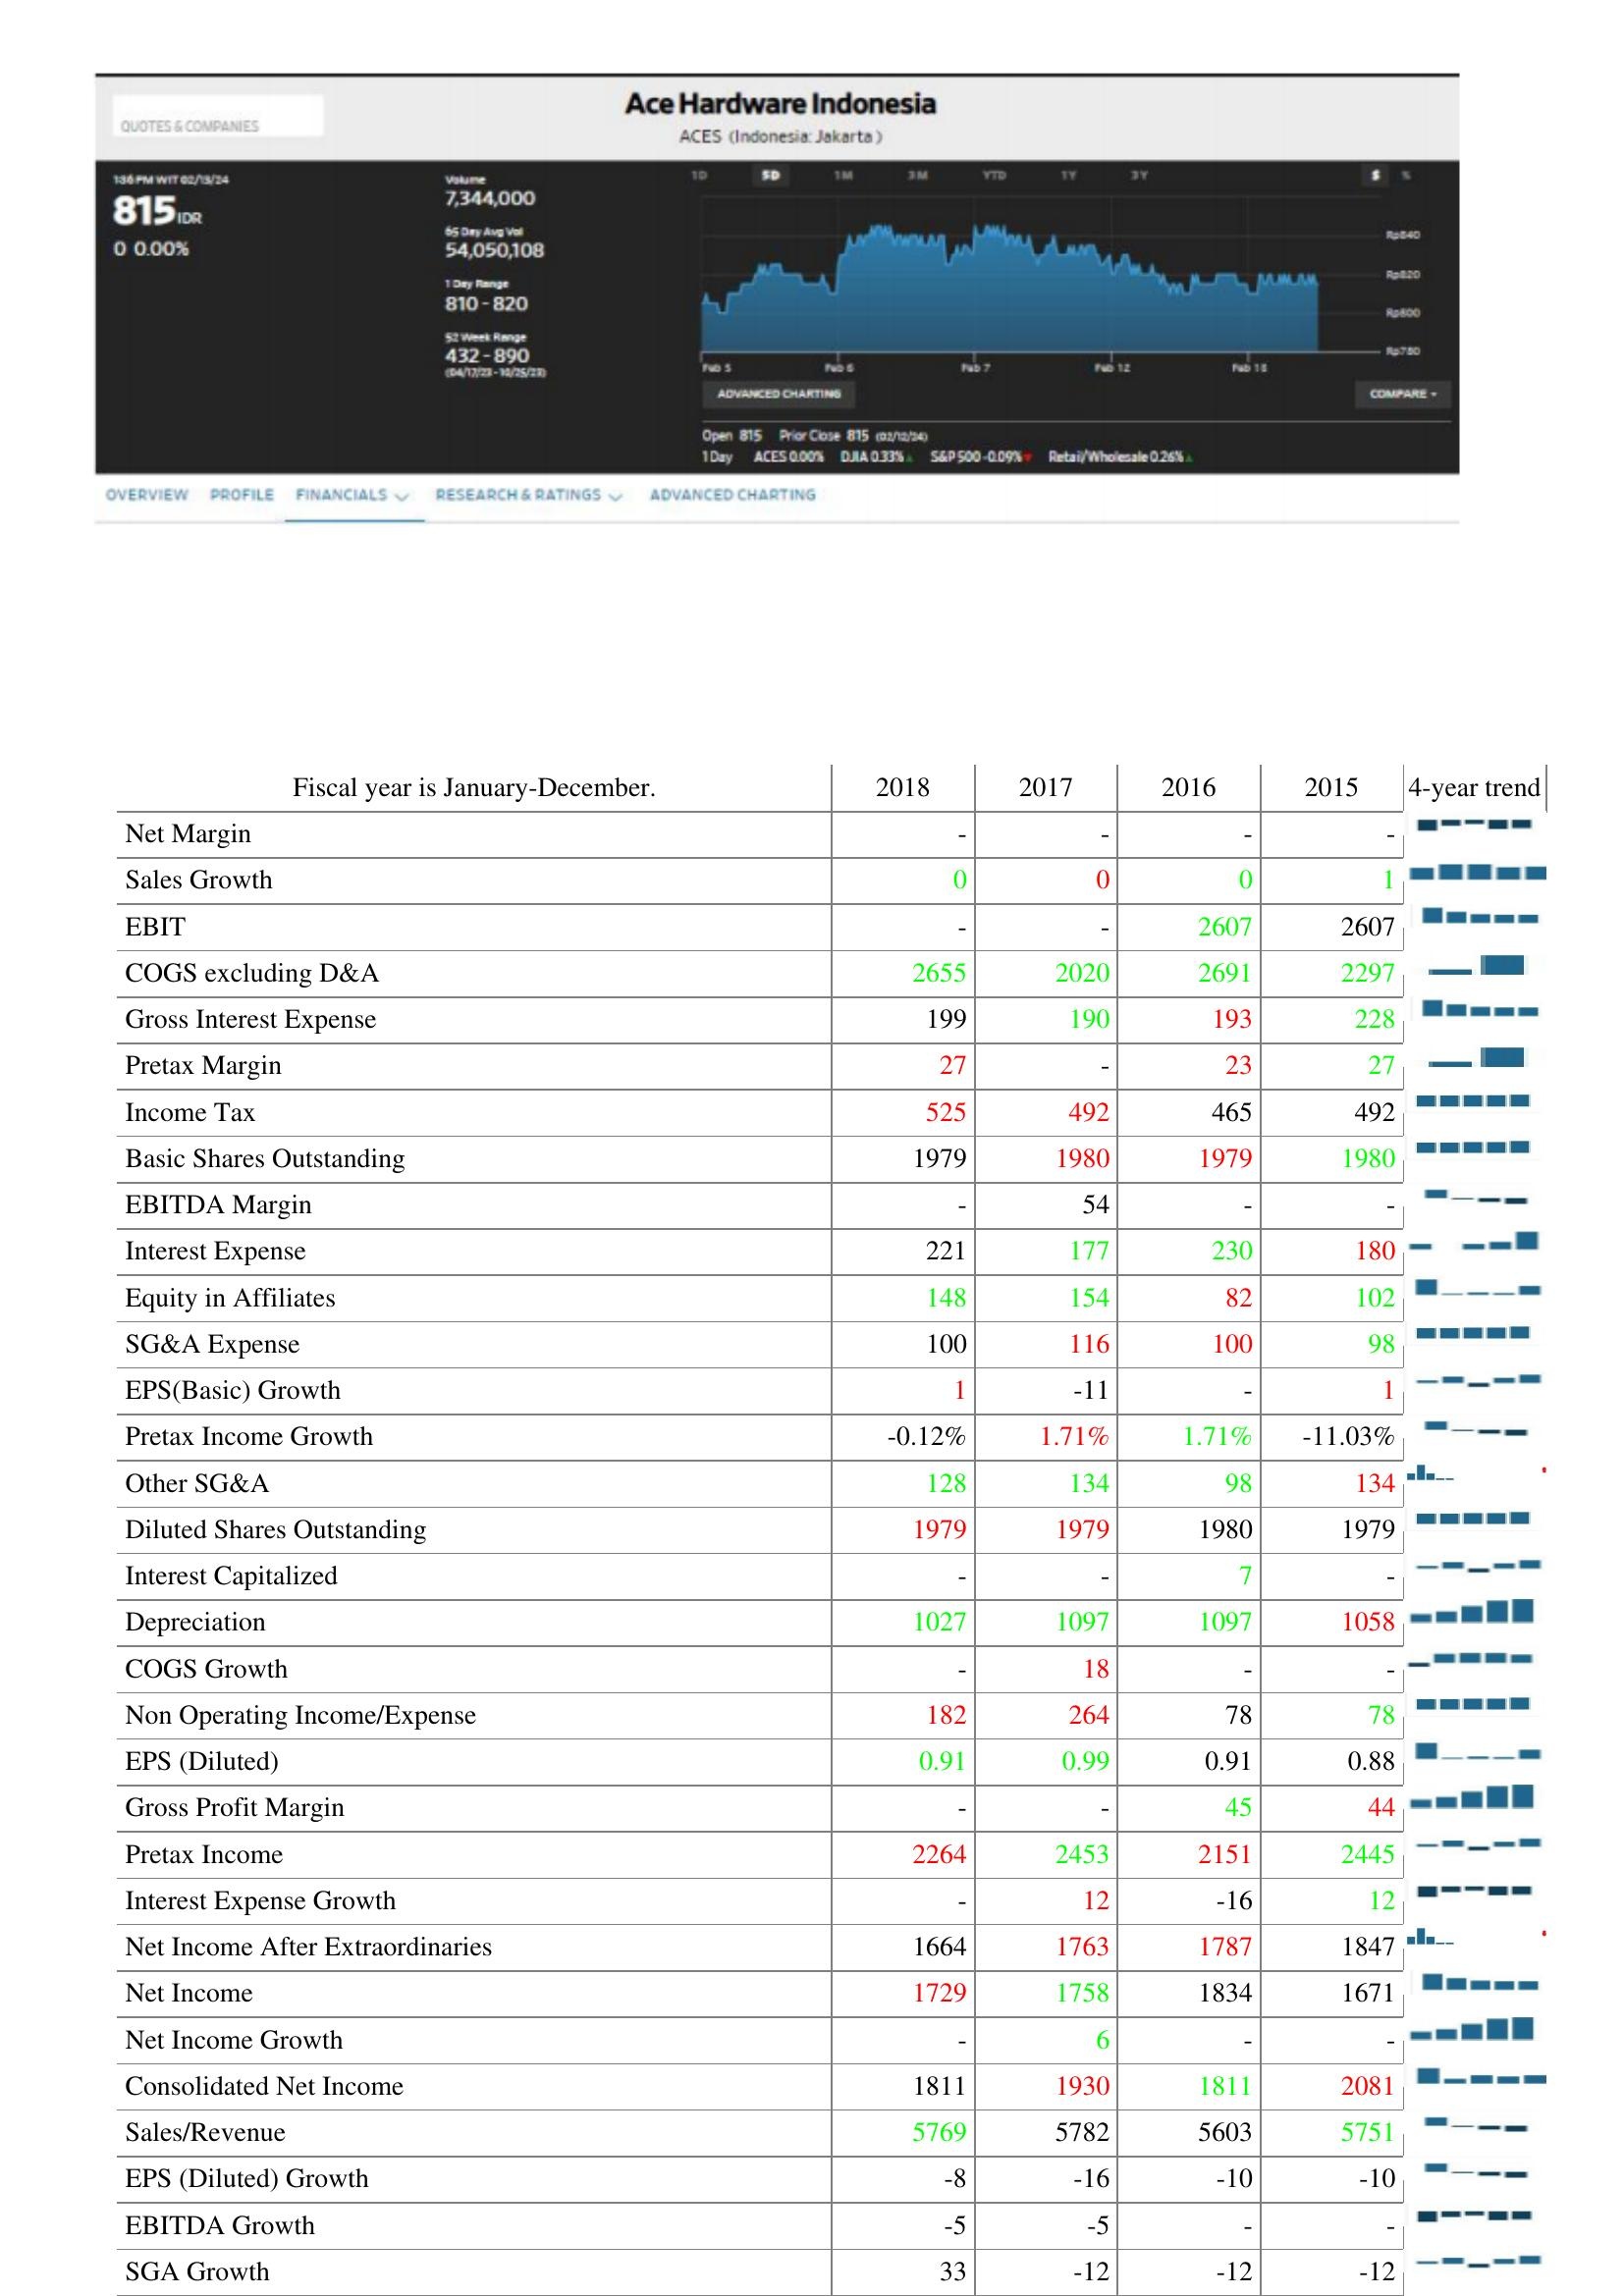
2018: : Net Margin: -
Sales Growth: 0
EBIT: -
COGS excluding D&A: 2655
Gross Interest Expense: 199
Pretax Margin: 27
Income Tax: 525
Basic Shares Outstanding: 1979
EBITDA Margin: -
Interest Expense: 221
Equity in Affiliates: 148
SG&A Expense: 100
EPS(Basic) Growth: 1
Pretax Income Growth: -0.12%
Other SG&A: 128
Diluted Shares Outstanding: 1979
Interest Capitalized: -
Depreciation: 1027
COGS Growth: -
Non Operating Income/Expense: 182
EPS (Diluted): 0.91
Gross Profit Margin: -
Pretax Income: 2264
Interest Expense Growth: -
Net Income After Extraordinaries: 1664
Net Income: 1729
Net Income Growth: -
Consolidated Net Income: 1811
Sales/Revenue: 5769
EPS (Diluted) Growth: -8
EBITDA Growth: -5
SGA Growth: 33
2017: : Net Margin: -
Sales Growth: 0
EBIT: -
COGS excluding D&A: 2020
Gross Interest Expense: 190
Pretax Margin: -
Income Tax: 492
Basic Shares Outstanding: 1980
EBITDA Margin: 54
Interest Expense: 177
Equity in Affiliates: 154
SG&A Expense: 116
EPS(Basic) Growth: -11
Pretax Income Growth: 1.71%
Other SG&A: 134
Diluted Shares Outstanding: 1979
Interest Capitalized: -
Depreciation: 1097
COGS Growth: 18
Non Operating Income/Expense: 264
EPS (Diluted): 0.99
Gross Profit Margin: -
Pretax Income: 2453
Interest Expense Growth: 12
Net Income After Extraordinaries: 1763
Net Income: 1758
Net Income Growth: 6
Consolidated Net Income: 1930
Sales/Revenue: 5782
EPS (Diluted) Growth: -16
EBITDA Growth: -5
SGA Growth: -12
2016: : Net Margin: -
Sales Growth: 0
EBIT: 2607
COGS excluding D&A: 2691
Gross Interest Expense: 193
Pretax Margin: 23
Income Tax: 465
Basic Shares Outstanding: 1979
EBITDA Margin: -
Interest Expense: 230
Equity in Affiliates: 82
SG&A Expense: 100
EPS(Basic) Growth: -
Pretax Income Growth: 1.71%
Other SG&A: 98
Diluted Shares Outstanding: 1980
Interest Capitalized: 7
Depreciation: 1097
COGS Growth: -
Non Operating Income/Expense: 78
EPS (Diluted): 0.91
Gross Profit Margin: 45
Pretax Income: 2151
Interest Expense Growth: -16
Net Income After Extraordinaries: 1787
Net Income: 1834
Net Income Growth: -
Consolidated Net Income: 1811
Sales/Revenue: 5603
EPS (Diluted) Growth: -10
EBITDA Growth: -
SGA Growth: -12
2015: : Net Margin: -
Sales Growth: 1
EBIT: 2607
COGS excluding D&A: 2297
Gross Interest Expense: 228
Pretax Margin: 27
Income Tax: 492
Basic Shares Outstanding: 1980
EBITDA Margin: -
Interest Expense: 180
Equity in Affiliates: 102
SG&A Expense: 98
EPS(Basic) Growth: 1
Pretax Income Growth: -11.03%
Other SG&A: 134
Diluted Shares Outstanding: 1979
Interest Capitalized: -
Depreciation: 1058
COGS Growth: -
Non Operating Income/Expense: 78
EPS (Diluted): 0.88
Gross Profit Margin: 44
Pretax Income: 2445
Interest Expense Growth: 12
Net Income After Extraordinaries: 1847
Net Income: 1671
Net Income Growth: -
Consolidated Net Income: 2081
Sales/Revenue: 5751
EPS (Diluted) Growth: -10
EBITDA Growth: -
SGA Growth: -12